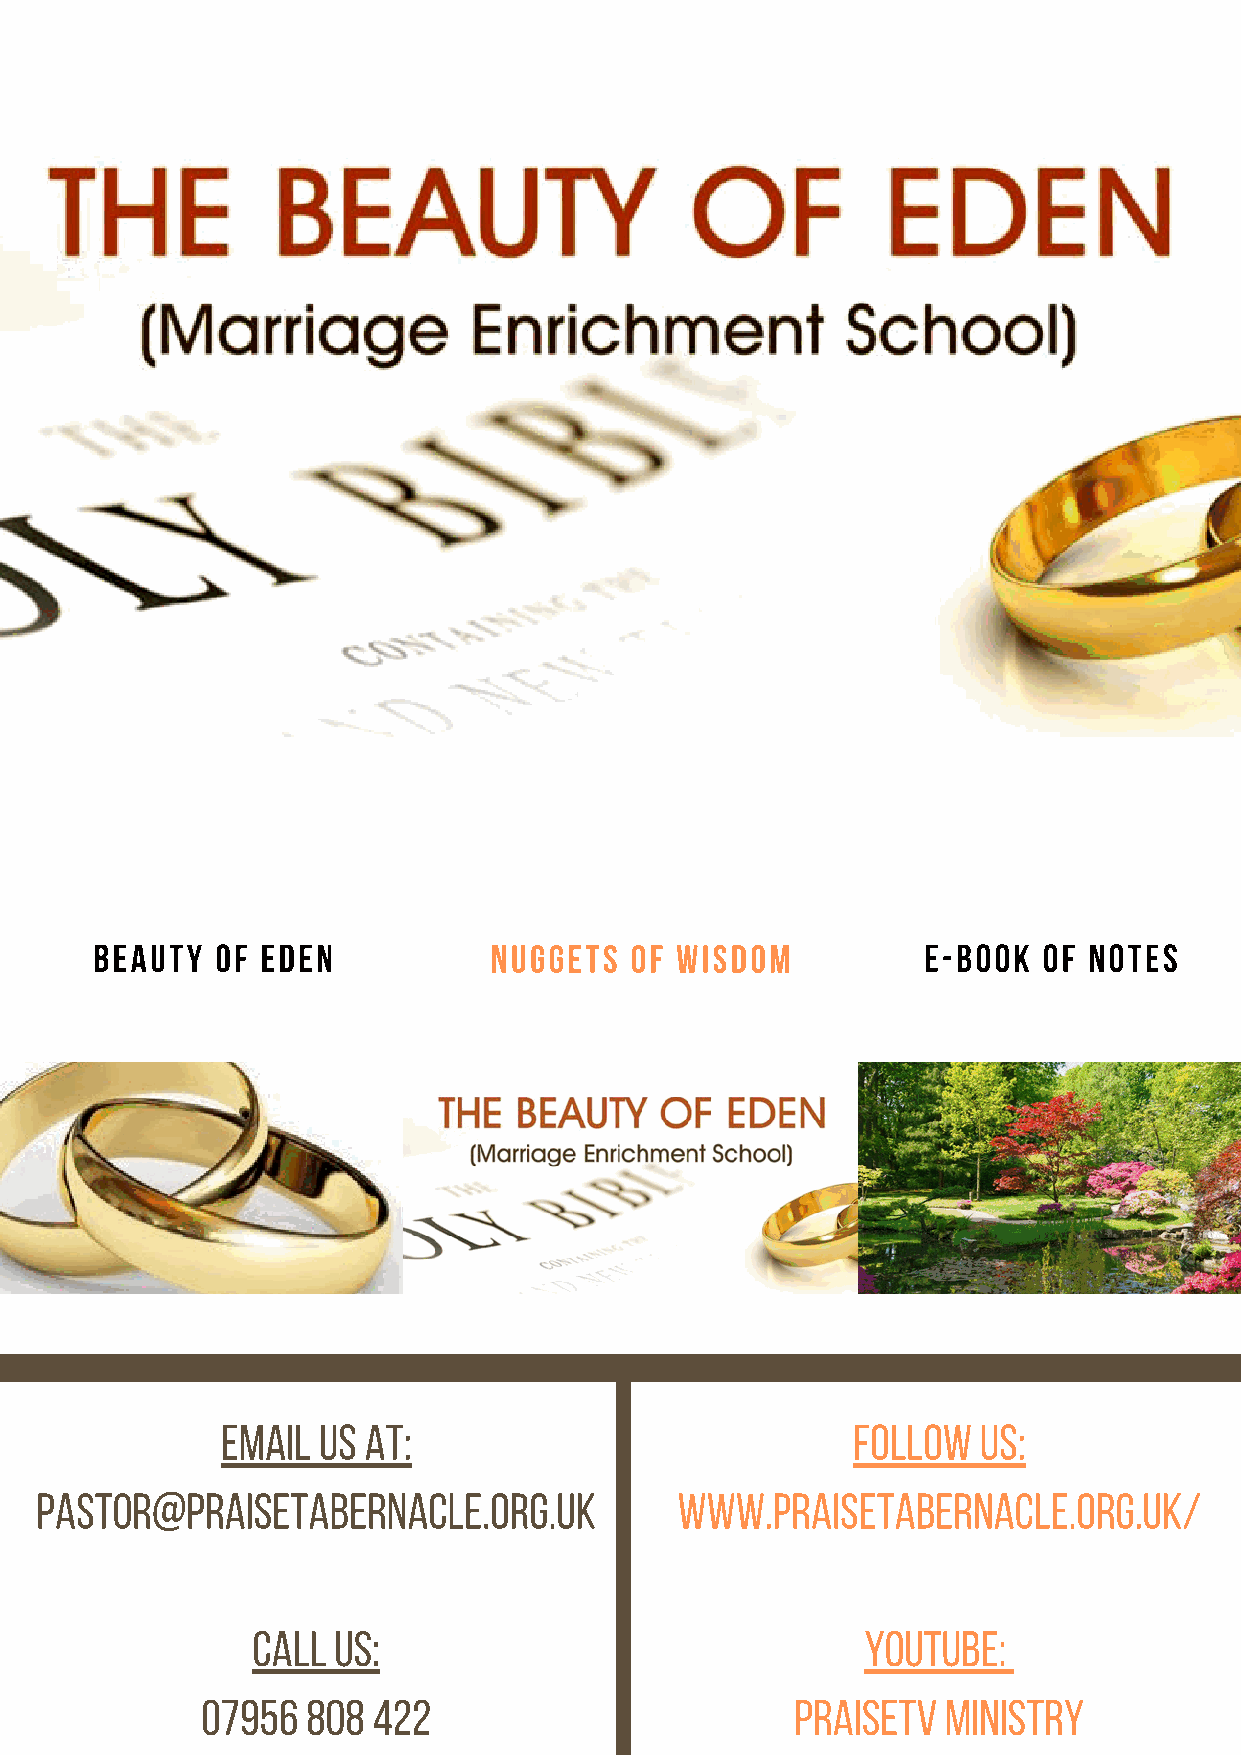
BEAUTY  OF EDEN           NUGGETS   OF WISDOM          E-BOOK  OF NOTES
 EMAIL US AT:                             follow   us:
 pastor@praisetabernacle.org.uk             www.praisetabernacle.org.uk/
 call us:                                youtube:
 07956  808  422                         praisetv  ministry